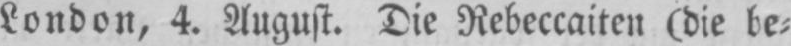
London, 4. August. Die Rebeccaiten (die be⸗